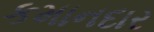
કમાનદાર